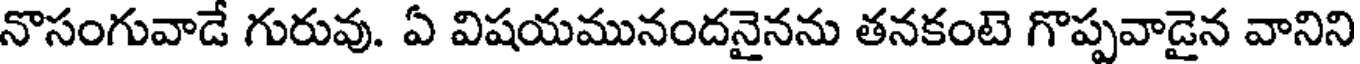
నొసంగువాడే గురువు. ఏ విషయమునందనైనను తనకంటె గొప్పవాడైన వానిని